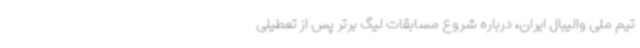
تیم ملی والیبال ایران، درباره شروع مسابقات لیگ برتر پس از تعطیلی